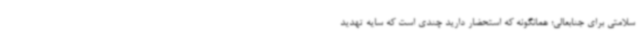
سلامتی برای جنابعالی؛ همانگونه که استحضار دارید چندی است که سایه تهدید